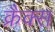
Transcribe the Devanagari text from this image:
क्रैक्‍स